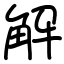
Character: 解